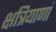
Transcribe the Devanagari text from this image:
क्षत्रियाणां